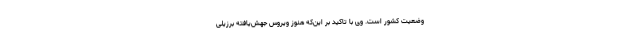
وضعیت کشور است. وی با تاکید بر این‌که هنوز ویروس جهش‌یافته برزیلی